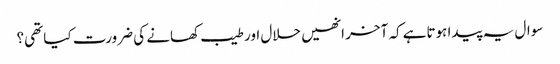
سوال یہ پیدا ہوتاہے کہ آخر انھیں حلال اور طیب کھانے کی ضرورت کیا تھی؟